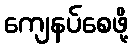
ကျေနပ်စေဖို့